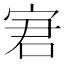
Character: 宭